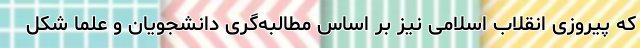
که پیروزی انقلاب اسلامی نیز بر اساس مطالبه‌گری دانشجویان و علما شکل